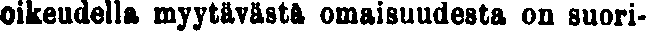
oikeudella myytävästä omaisuudesta on suori-